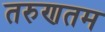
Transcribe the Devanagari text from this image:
तरुणतम